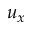
u _ { x }